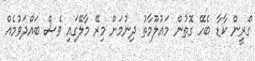
ގްރީން ކާޑާ ބެހޭ ގޮތުން މައުލޫމާތު ދިނުމަށް މިރޭ މާލޭގައި ވެސް ބައްދަވުމެއް